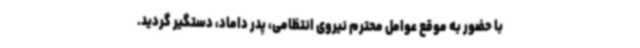
با حضور به موقع عوامل محترم نیروی انتظامی، پدر داماد، دستگیر گردید.